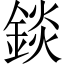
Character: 錟